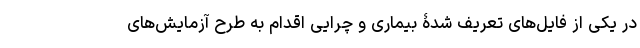
در یکی از فایل‌های تعریف شدۀ بیماری و چرایی اقدام به طرح آزمایش‌های